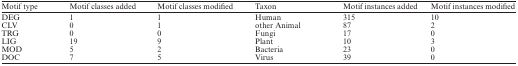
<table><thead><tr><td><b>Motif type</b></td><td><b>Motif classes added</b></td><td><b>Motif classes modified</b></td><td><b>Taxon</b></td><td><b>Motif instances added</b></td><td><b>Motif instances modified</b></td></tr></thead><tbody><tr><td>DEG</td><td>1</td><td>1</td><td>Human</td><td>315</td><td>10</td></tr><tr><td>CLV</td><td>0</td><td>1</td><td>other Animal</td><td>87</td><td>2</td></tr><tr><td>TRG</td><td>0</td><td>0</td><td>Fungi</td><td>17</td><td>0</td></tr><tr><td>LIG</td><td>19</td><td>9</td><td>Plant</td><td>10</td><td>3</td></tr><tr><td>MOD</td><td>5</td><td>2</td><td>Bacteria</td><td>23</td><td>0</td></tr><tr><td>DOC</td><td>7</td><td>5</td><td>Virus</td><td>39</td><td>0</td></tr></tbody></table>